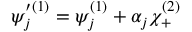
\psi _ { j } ^ { \prime ( 1 ) } = \psi _ { j } ^ { ( 1 ) } + \alpha _ { j } \chi _ { + } ^ { ( 2 ) }